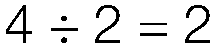
4 ÷ 2 = 2